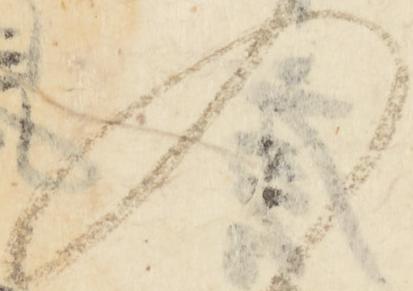
入